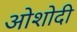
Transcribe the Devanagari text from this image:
ओशोदी